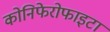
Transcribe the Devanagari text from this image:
कोनिफेरोफाइटा